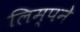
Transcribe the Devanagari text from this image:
लिम्पने